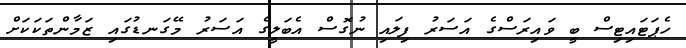
ހެޕަޓައިޓިސް ބީ ވައިރަސްގެ އަސަރު ފިލައި ނުގޮސް އެބަލީގެ އަސަރު މޭގަނޑުގައި ޒަމާންތަކަކަށް